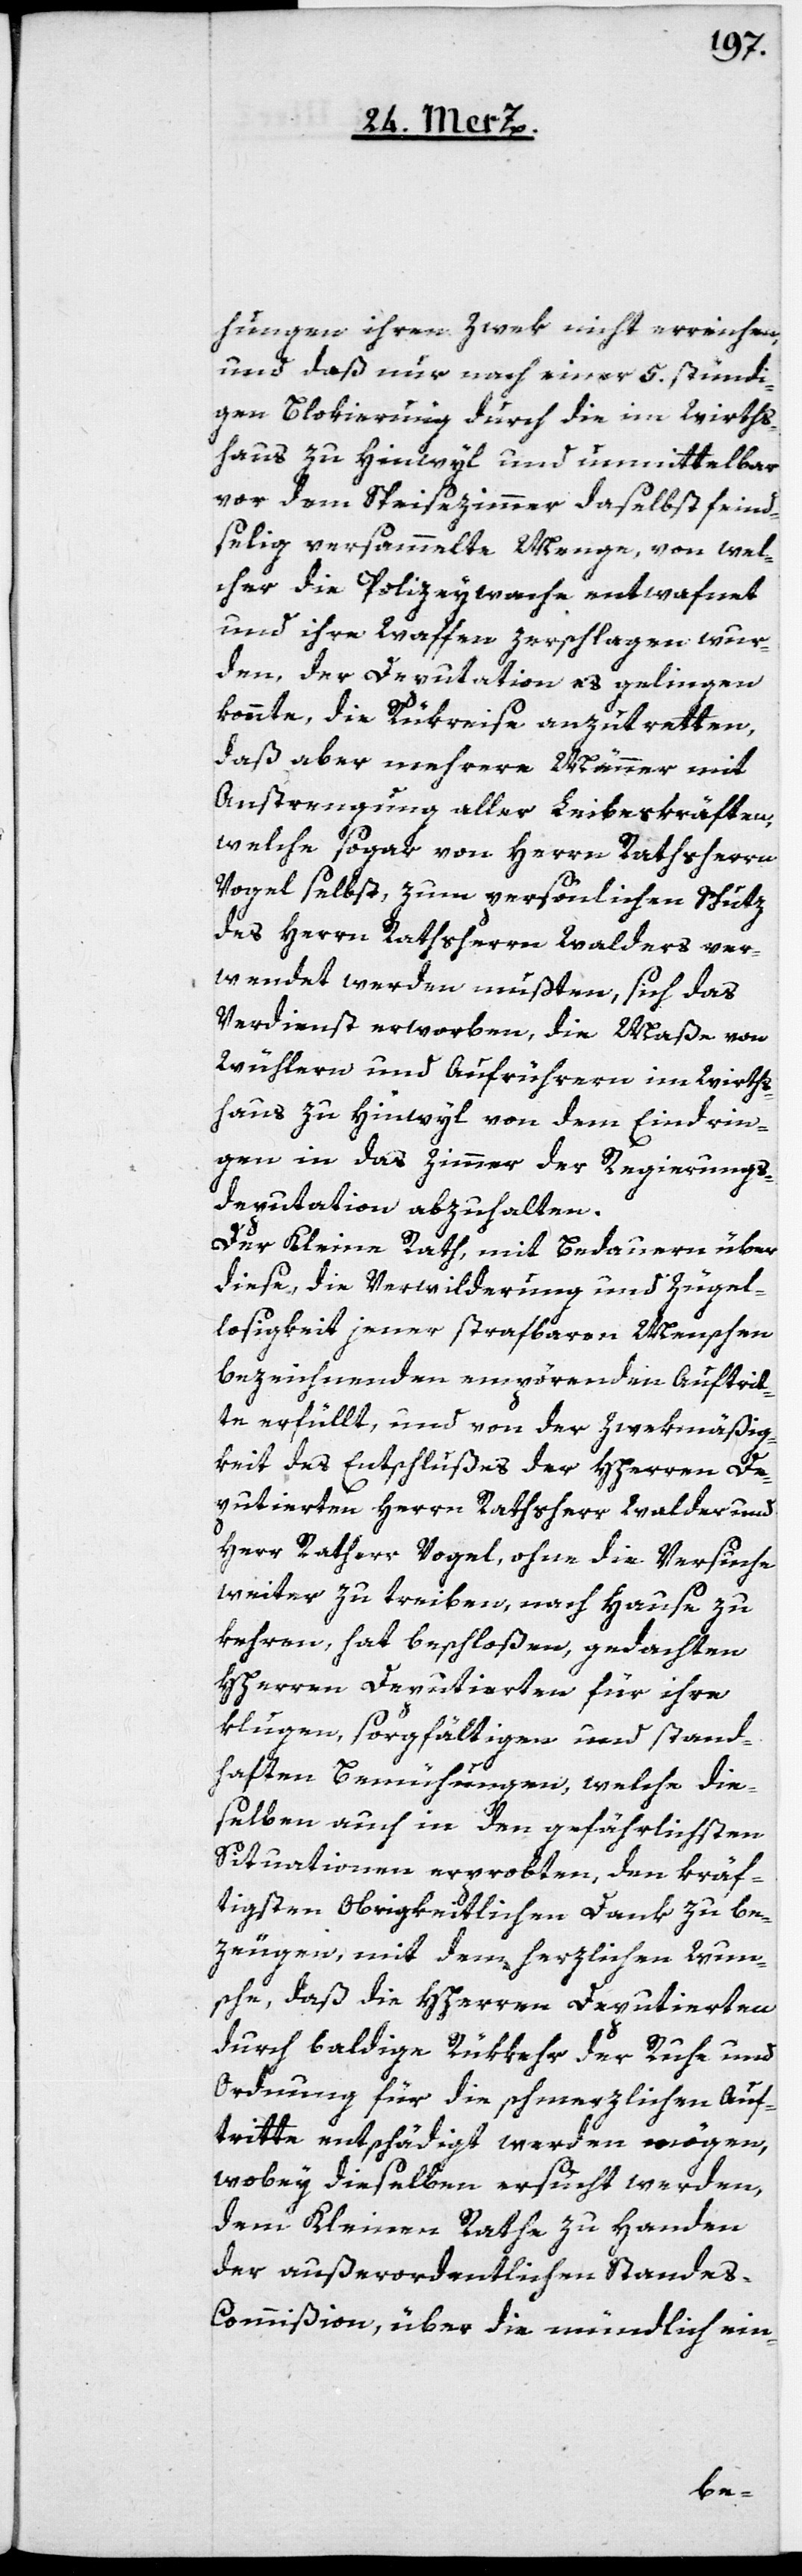
hungen ihren Zwek nicht erreichen,
und daß nur nach einer 5. stündi¬
gen Blokierung durch die im Wirths¬
haus zu Hinwyl und unmittelbar
vor dem Speisezimmer daselbst feind¬
selig versammelte Menge, von wel¬
cher die Polizeywache entwafnet
und ihre Waffen zerschlagen wur¬
den, der Deputation es gelingen
konnte, die Rükreise anzutretten,
daß aber mehrere Männer mit
Anstrengung aller Leibeskräften,
Vogel selbst zum persönlichen Schutz
des Herrn Rathsherrn Walders ver¬
wendet werden mußten, sich das
Verdienst erworben, die Maße von
Wühlern und Aufrührern im Wirths¬
haus zu Hinwyl von dem Eindrin¬
gen in das Zimmer der Regierungs¬
deputation abzuhalten.
Der Kleine Rath, mit Bedauern über
diese, die Verwilderung und Zügel¬
losigkeit jener strafbaren Menschen
bezeichnenden empörenden Auftrit¬
te erfüllt, und von der Zwekmäßig¬
keit des Entschlußes der HHerren De¬
putierten Herrn Rathsherr Walder und
Herr Rathherr Vogel, ohne die Versuche
weiter zu treiben, nach Hause zu
kehren, hat beschloßen, gedachten
HHerren Deputierten für ihre
klugen, sorgfältigen und stand¬
haften Bemühungen, welche die¬
selben auch in den gefährlichsten
Situationen erprobten, den kräf¬
tigsten Obrigkeitlichen Dank zu be¬
zeugen, mit dem herzlichen Wun¬
sche, daß die HHerren Deputierten
durch baldige Rükkehr der Ruhe und
Ordnung für die schmerzlichen Auf¬
tritte entschädigt werden mögen,
wobey dieselben ersucht werden,
dem Kleinen Rathe zu Handen
der außerordentlichen Stande¬
s-Commißion, über die mündlich ein-